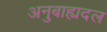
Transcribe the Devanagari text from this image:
अनुबाह्यदल